Annual returns of the Patna Lunatic Asylum at Bankipore in Bihar and Orissa - 1912-1924
Year: 1912
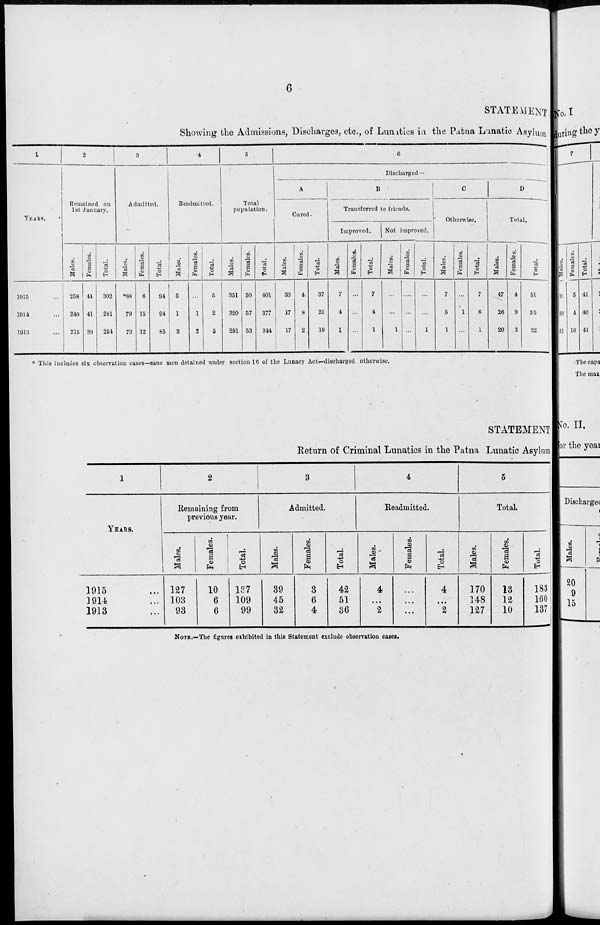
6
STATEMENT
Showing the Admissions, Discharges, etc., of Lunatics in the Patna Lunatic Asylum.
1
YEARS.
1915 ...
1914 ...
1913 ...
2
Remaining on
1st January.
Males.
258
240
215
Females.
44
41
39
Total.
302
281
254
3
Admitted.
Males.
*88
79
73
Females.
6
15
12
Total.
94
94
85
4
Readmitted.
Males.
5
1
3
Females.
...
1
2
Total.
5
2
5
5
Total
population.
Males.
351
320
201
Females.
50
57
53
Total.
401
377
344
6
Discharged—
A
Cured.
Males.
33
17
17
Females.
4
8
2
Total.
37
25
19
B
Transferred to friends.
Improved.
Males.
7
4
1
Females.
...
...
...
Total.
7
4
1
Not improved.
Males.
...
...
1
Females.
...
...
...
Total.
...
...
1
C
Otherwise.
Males.
7
5
1
Females.
...
1
...
Total.
7
6
1
D
Total.
Males.
47
26
20
Females.
4
9
2
Total.
51
35
22
* This includes six observation cases—sane men detained under section 18 of the Lunacy Act—discharged otherwise.
STATEMENT
Return of Criminal Lunatics in the Patna Lunatic Asylum
1
YEARS.
1915 ...
1914 ...
1913 ...
2
Remaining from
previous year.
Males.
127
103
93
Females.
10
6
6
Total.
137
109
99
3
Admitted.
Males.
39
45
32
Females.
3
6
4
Total.
42
51
36
4
Readmitted.
Males.
4
...
2
Females.
...
...
...
Total.
4
...
2
5
Total.
Males.
170
148
127
Females.
13
12
10
Total.
183
160
137
NOTE.—The figures exhibited in this Statement exclude observation cases.